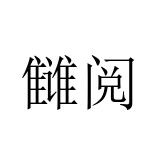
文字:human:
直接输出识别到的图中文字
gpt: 雠阅